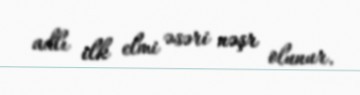
adlı ilk elmi əsəri nəşr olunur.